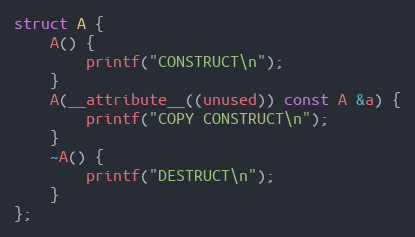
Language: C++
struct A {
    A() {
        printf("CONSTRUCT\n");
    }
    A(__attribute__((unused)) const A &a) {
        printf("COPY CONSTRUCT\n");
    }
    ~A() {
        printf("DESTRUCT\n");
    }
};